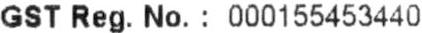
GST REG. NO. : 000155453440